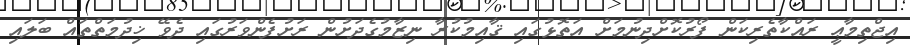
އިޖްތިމާޢީ ރައްކާތެރިކަން ފޯރުކޮށްދިނުމަށް އަތޮޅުގައި ޤާއިމުކުރާ ނިޒާމުގެދަށުން ރަށުފެންވަރުގައި ދެވޭ ޚިދުމަތްތައް ބަލައި